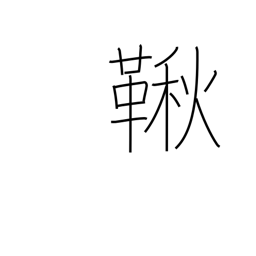
Meaning: swing